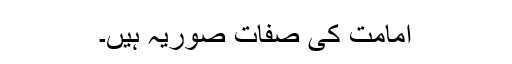
امامت کی صفات صوریہ ہیں۔